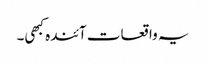
یہ واقعات آئندہ کبھی۔